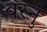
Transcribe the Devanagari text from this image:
वरनु